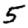
Digit: 5